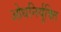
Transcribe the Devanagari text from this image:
ओधनिर्युक्ति